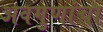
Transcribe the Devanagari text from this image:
अवगुणांचा